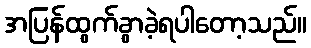
အပြန်ထွက်ခွာခဲ့ရပါတော့သည်။